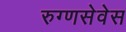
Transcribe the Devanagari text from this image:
रुग्णसेवेस